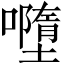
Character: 𡃏